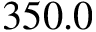
3 5 0 . 0